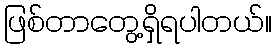
ဖြစ်တာတွေ့ရှိရပါတယ်။